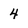
Character: 4